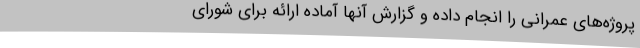
پروژه‌های عمرانی را انجام داده و گزارش آنها آماده ارائه برای شورای